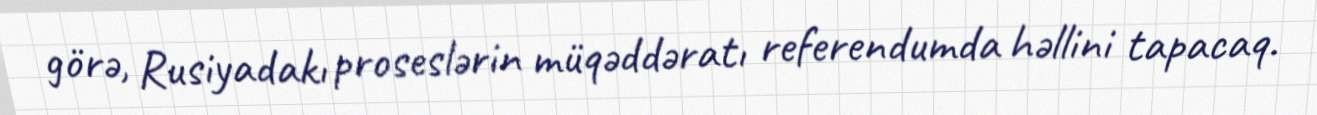
görə, Rusiyadakı proseslərin müqəddəratı referendumda həllini tapacaq.